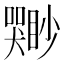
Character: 𫬣